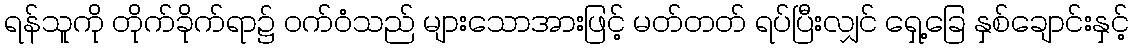
ရန်သူကို တိုက်ခိုက်ရာ၌ ဝက်ဝံသည် များသောအားဖြင့် မတ်တတ် ရပ်ပြီးလျှင် ရှေ့ခြေ နှစ်ချောင်းနှင့်